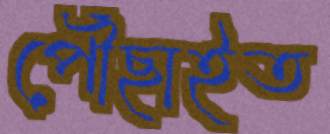
পৌঁছাইত